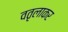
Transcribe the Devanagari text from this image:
वतृलाकर